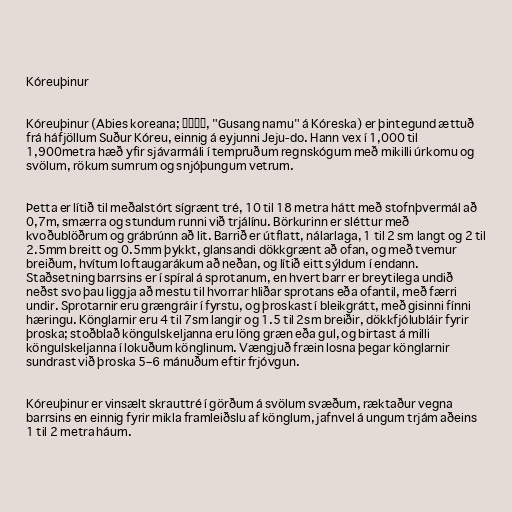
Kóreuþinur

Kóreuþinur (Abies koreana; 구상나무, "Gusang namu" á Kóreska) er þintegund ættuð
frá háfjöllum Suður Kóreu, einnig á eyjunni Jeju-do. Hann vex í 1,000 til
1,900metra hæð yfir sjávarmáli í tempruðum regnskógum með mikilli úrkomu og
svölum, rökum sumrum og snjóþungum vetrum.

Þetta er lítið til meðalstórt sígrænt tré, 10 til 18 metra hátt með stofnþvermál að
0,7m, smærra og stundum runni við trjálínu. Börkurinn er sléttur með
kvoðublöðrum og grábrúnn að lit. Barrið er útflatt, nálarlaga, 1 til 2 sm langt og 2 til
2.5mm breitt og 0.5mm þykkt, glansandi dökkgrænt að ofan, og með tvemur
breiðum, hvítum loftaugarákum að neðan, og lítið eitt sýldum í endann.
Staðsetning barrsins er í spíral á sprotanum, en hvert barr er breytilega undið
neðst svo þau liggja að mestu til hvorrar hliðar sprotans eða ofantil, með færri
undir. Sprotarnir eru grængráir í fyrstu, og þroskast í bleikgrátt, með gisinni fínni
hæringu. Könglarnir eru 4 til 7sm langir og 1.5 til 2sm breiðir, dökkfjólubláir fyrir
þroska; stoðblað köngulskeljanna eru löng græn eða gul, og birtast á milli
köngulskeljanna í lokuðum könglinum. Vængjuð fræin losna þegar könglarnir
sundrast við þroska 5–6 mánuðum eftir frjóvgun.

Kóreuþinur er vinsælt skrauttré í görðum á svölum svæðum, ræktaður vegna
barrsins en einnig fyrir mikla framleiðslu af könglum, jafnvel á ungum trjám aðeins
1 til 2 metra háum.